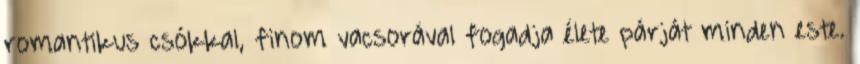
romantikus csókkal, finom vacsorával fogadja élete párját minden este.